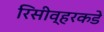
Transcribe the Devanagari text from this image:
रिसीव्हरकडे